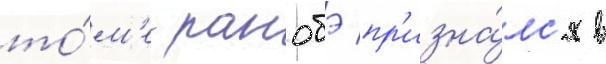
то́м'е ранобэ пр'изна́лс'я в